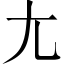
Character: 尢